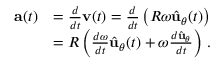
{ \begin{array} { r l } { \mathbf { a } ( t ) } & { = { \frac { d } { d t } } \mathbf { v } ( t ) = { \frac { d } { d t } } \left( R \omega { \hat { \mathbf { u } } } _ { \theta } ( t ) \right) } \\ & { = R \left( { \frac { d \omega } { d t } } { \hat { \mathbf { u } } } _ { \theta } ( t ) + \omega { \frac { d { \hat { \mathbf { u } } } _ { \theta } } { d t } } \right) \, . } \end{array} }